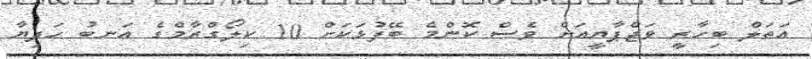
އަތަލް ބިހާރީ ވަޖްޕާޔީއަށް ވެސް ކޮންމެ ބޭފުޅަކަށް 10 ކިލޯގްރާމްގެ އަނބު ހަދިޔާ